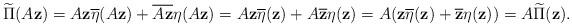
LaTeX: \begin{align*}\widetilde{\Pi}(A\mathbf{z})=A\mathbf{z}\overline{\eta}(A\mathbf{z})+\overline{A\mathbf{z}}\eta(A\mathbf{z})=A\mathbf{z}\overline{\eta}(\mathbf{z})+A\overline{\mathbf{z}}\eta(\mathbf{z})=A(\mathbf{z}\overline{\eta}(\mathbf{z})+\overline{\mathbf{z}}\eta(\mathbf{z}))=A\widetilde{\Pi}(\mathbf{z}).\end{align*}